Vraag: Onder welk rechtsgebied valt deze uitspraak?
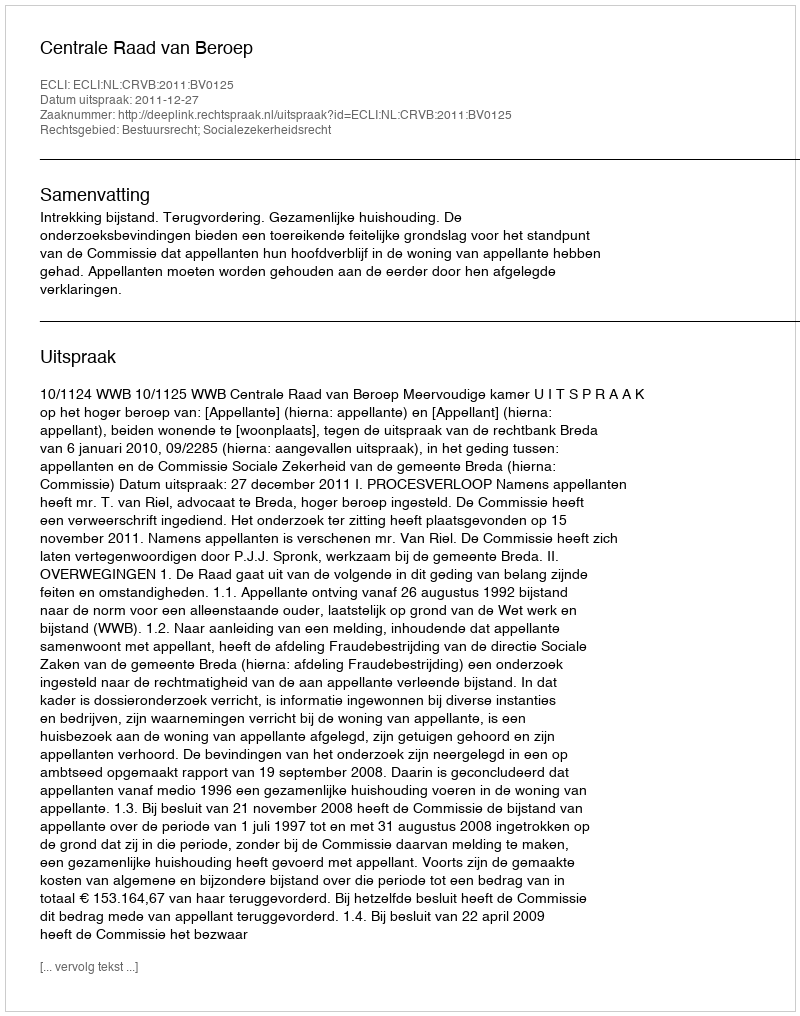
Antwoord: Bestuursrecht; Socialezekerheidsrecht